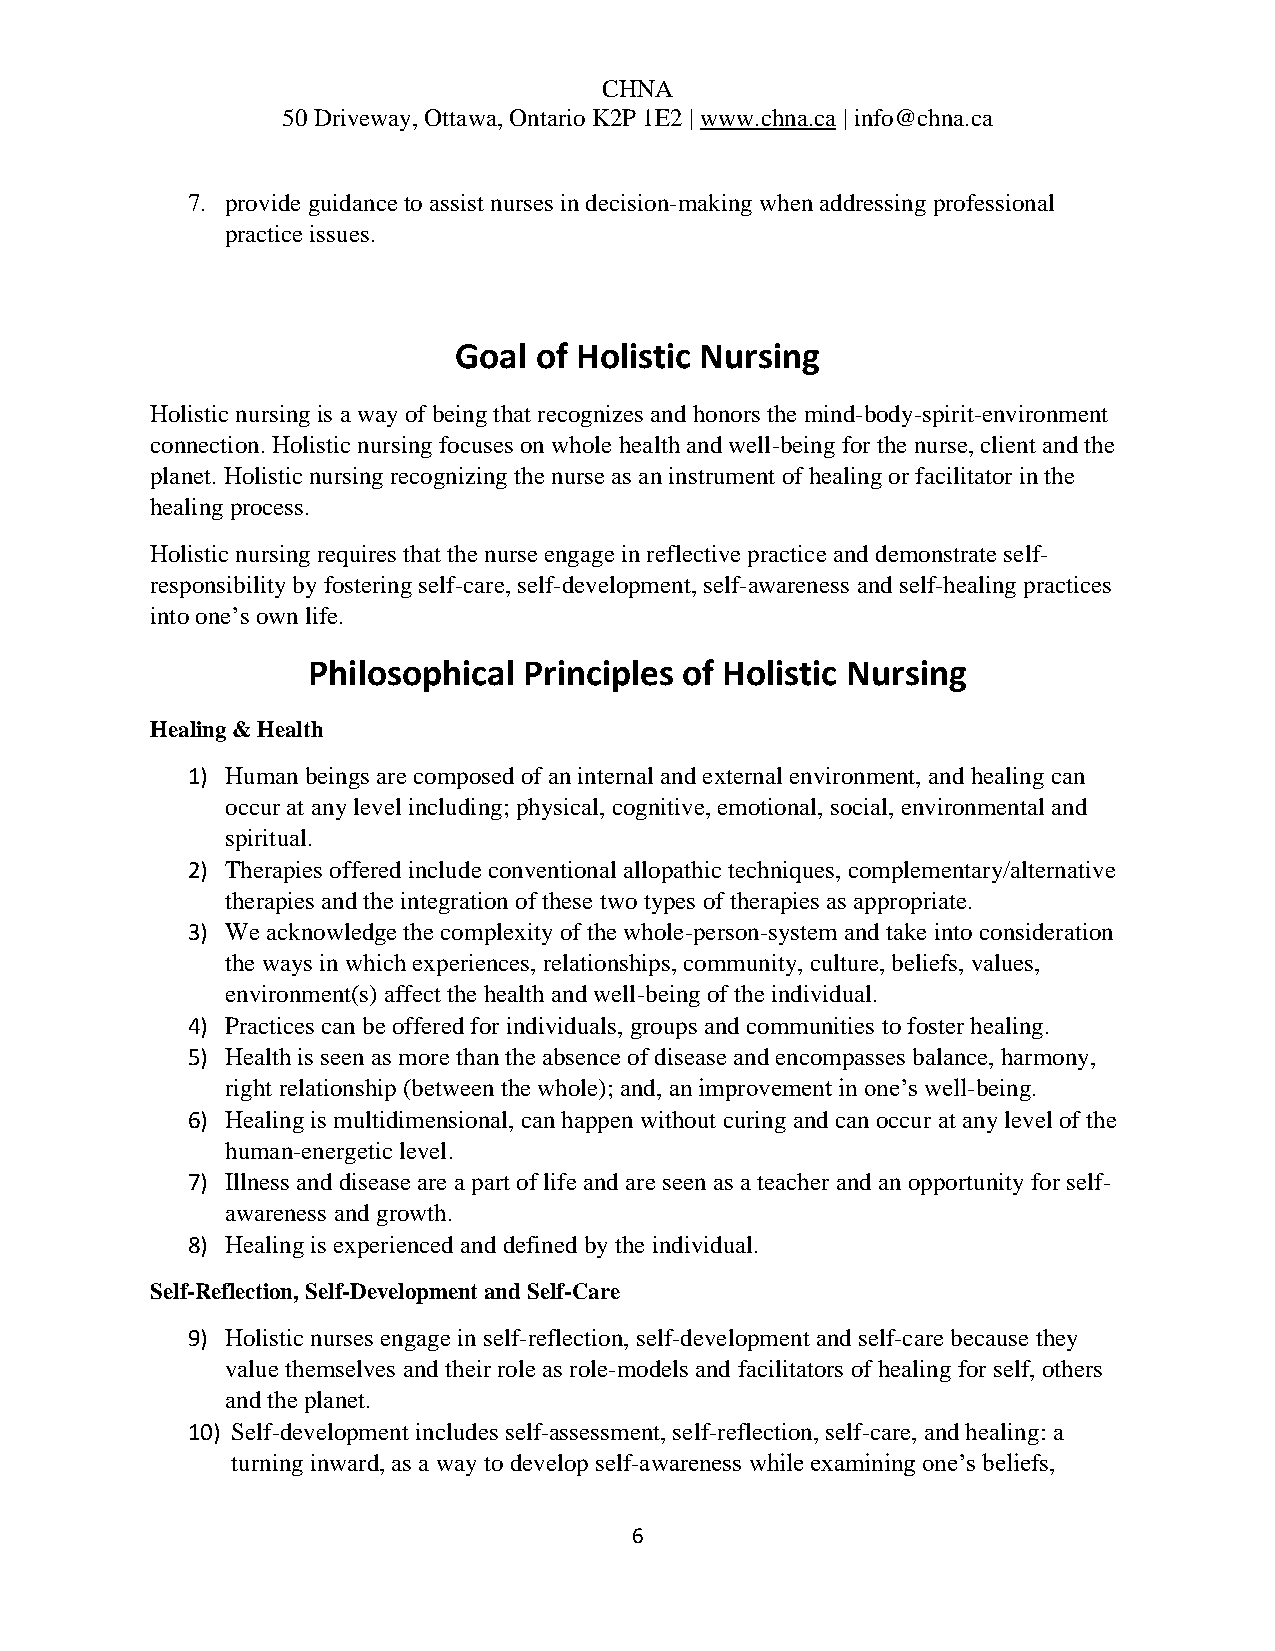
CHNA
 50 Driveway, Ottawa, Ontario K2P 1E2 | www.chna.ca | info@chna.ca
 7. provide guidance to assist nurses in decision-making when addressing professional
 practice issues.
 Goal of Holistic Nursing
 Holistic nursing is a way of being that recognizes and honors the mind-body-spirit-environment
 connection. Holistic nursing focuses on whole health and well-being for the nurse, client and the
 planet. Holistic nursing recognizing the nurse as an instrument of healing or facilitator in the
 healing process.
 Holistic nursing requires that the nurse engage in reflective practice and demonstrate self-
 responsibility by fostering self-care, self-development, self-awareness and self-healing practices
 into one’s own life.
 Philosophical  Principles of Holistic Nursing
 Healing & Health
 1) Human beings are composed of an internal and external environment, and healing can
 occur at any level including; physical, cognitive, emotional, social, environmental and
 spiritual.
 2) Therapies offered include conventional allopathic techniques, complementary/alternative
 therapies and the integration of these two types of therapies as appropriate.
 3) We acknowledge the complexity of the whole-person-system and take into consideration
 the ways in which experiences, relationships, community, culture, beliefs, values,
 environment(s) affect the health and well-being of the individual.
 4) Practices can be offered for individuals, groups and communities to foster healing.
 5) Health is seen as more than the absence of disease and encompasses balance, harmony,
 right relationship (between the whole); and, an improvement in one’s well-being.
 6) Healing is multidimensional, can happen without curing and can occur at any level of the
 human-energetic level.
 7) Illness and disease are a part of life and are seen as a teacher and an opportunity for self-
 awareness and growth.
 8) Healing is experienced and defined by the individual.
 Self-Reflection, Self-Development and Self-Care
 9) Holistic nurses engage in self-reflection, self-development and self-care because they
 value themselves and their role as role-models and facilitators of healing for self, others
 and the planet.
 10) Self-development includes self-assessment, self-reflection, self-care, and healing: a
 turning inward, as a way to develop self-awareness while examining one’s beliefs,
 6